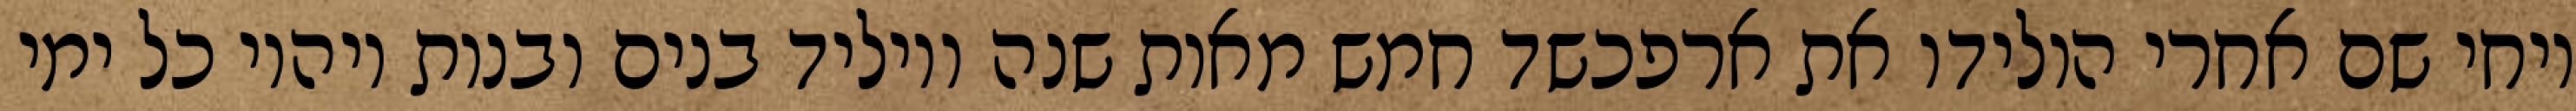
ויחי שם אחרי הולידו את ארפכשד חמש מאות שנה ויוליד בנים ובנות ויהיו כל ימי